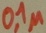
Text: 0,1µ